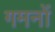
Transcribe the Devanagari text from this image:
गमनों